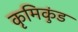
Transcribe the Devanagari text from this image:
कृमिकुंड